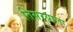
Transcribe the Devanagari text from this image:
तिसर्‍याला